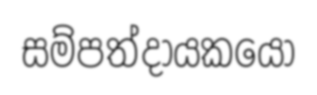
සම්පත්දායකයෝ